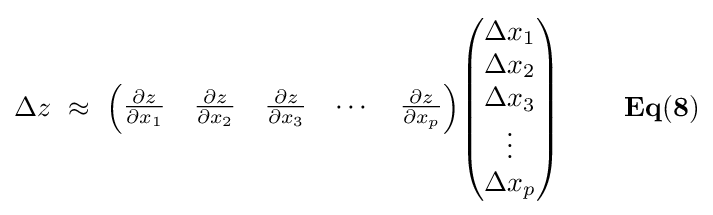
\Delta z\,\,\approx \,\,{\begin{pmatrix}{\partial z \over \partial x_{1}}&{\partial z \over \partial x_{2}}&{\partial z \over \partial x_{3}}&\cdots &{\partial z \over \partial x_{p}}\end{pmatrix}}{\begin{pmatrix}{\Delta x_{1}}\\{\Delta x_{2}}\\{\Delta x_{3}}\\{\vdots }\\{\Delta x_{p}}\end{pmatrix}}{\mathbf {\,\,\,\,\,\,\,\,\,\,\,\,\,\,Eq(8)} }